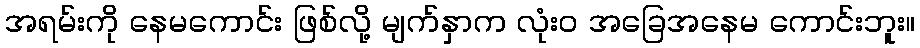
အရမ်းကို နေမကောင်း ဖြစ်လို့ မျက်နှာက လုံးဝ အခြေအနေမ ကောင်းဘူး။